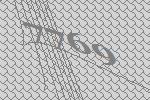
7769